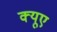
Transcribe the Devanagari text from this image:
क्यूए